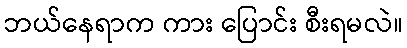
ဘယ်နေရာက ကား ပြောင်း စီးရမလဲ။